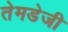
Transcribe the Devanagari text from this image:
तेमडेजी